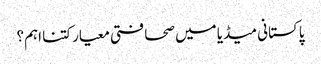
پاکستانی میڈیا میں صحافتی معیار کتنا اہم؟